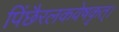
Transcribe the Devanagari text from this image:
पिंछैरलकवेषकृत्‌।